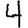
Digit: 4